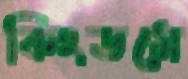
কিংডমে